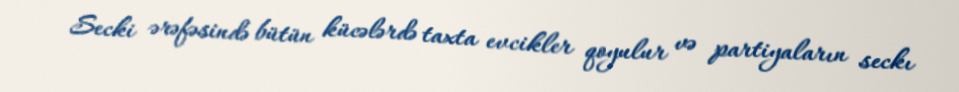
Secki ərəfəsində bütün kücələrdə taxta evcikler qoyulur və partiyaların seckı